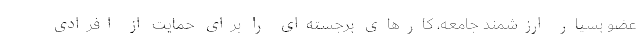
عضو بسیار ارزشمند جامعه، کارهای برجسته‌ای را برای حمایت از افرادی